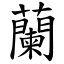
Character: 蘭